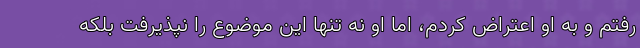
رفتم و به او اعتراض کردم، اما او نه تنها این موضوع را نپذیرفت بلکه